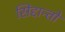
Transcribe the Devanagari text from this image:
सिद्दान्तो